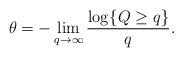
LaTeX: \begin{align*}\theta = - \lim_{q \to \infty} \frac{\log_{} \{ Q \geq q\}}{q}.\end{align*}